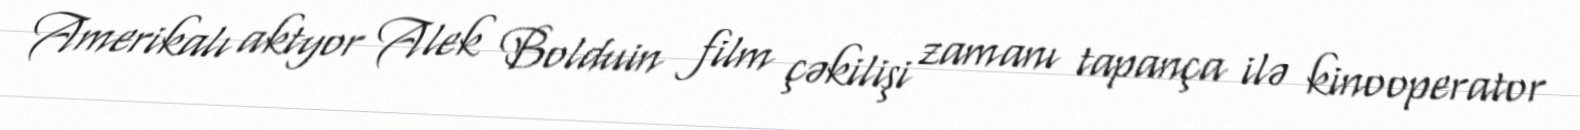
Amerikalı aktyor Alek Bolduin film çəkilişi zamanı tapança ilə kinooperator